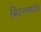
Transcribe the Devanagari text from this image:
ब्रिटनमध्येच